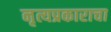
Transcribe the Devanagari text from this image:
नृत्यप्रकाराचा